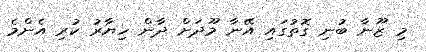
މި ޒޫނާ ބުނި ގޮތުގައި އޭނާ މޫދަށް ދާން ހިޔާރު ކުރި އެންމެ